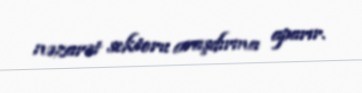
nəzarət sektoru araşdırma aparır.